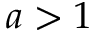
a > 1